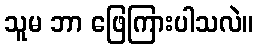
သူမ ဘာ ဖြေကြားပါသလဲ။